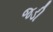
જડી